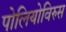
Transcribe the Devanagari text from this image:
पोलियोविरुस